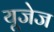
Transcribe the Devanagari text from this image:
यूजेज